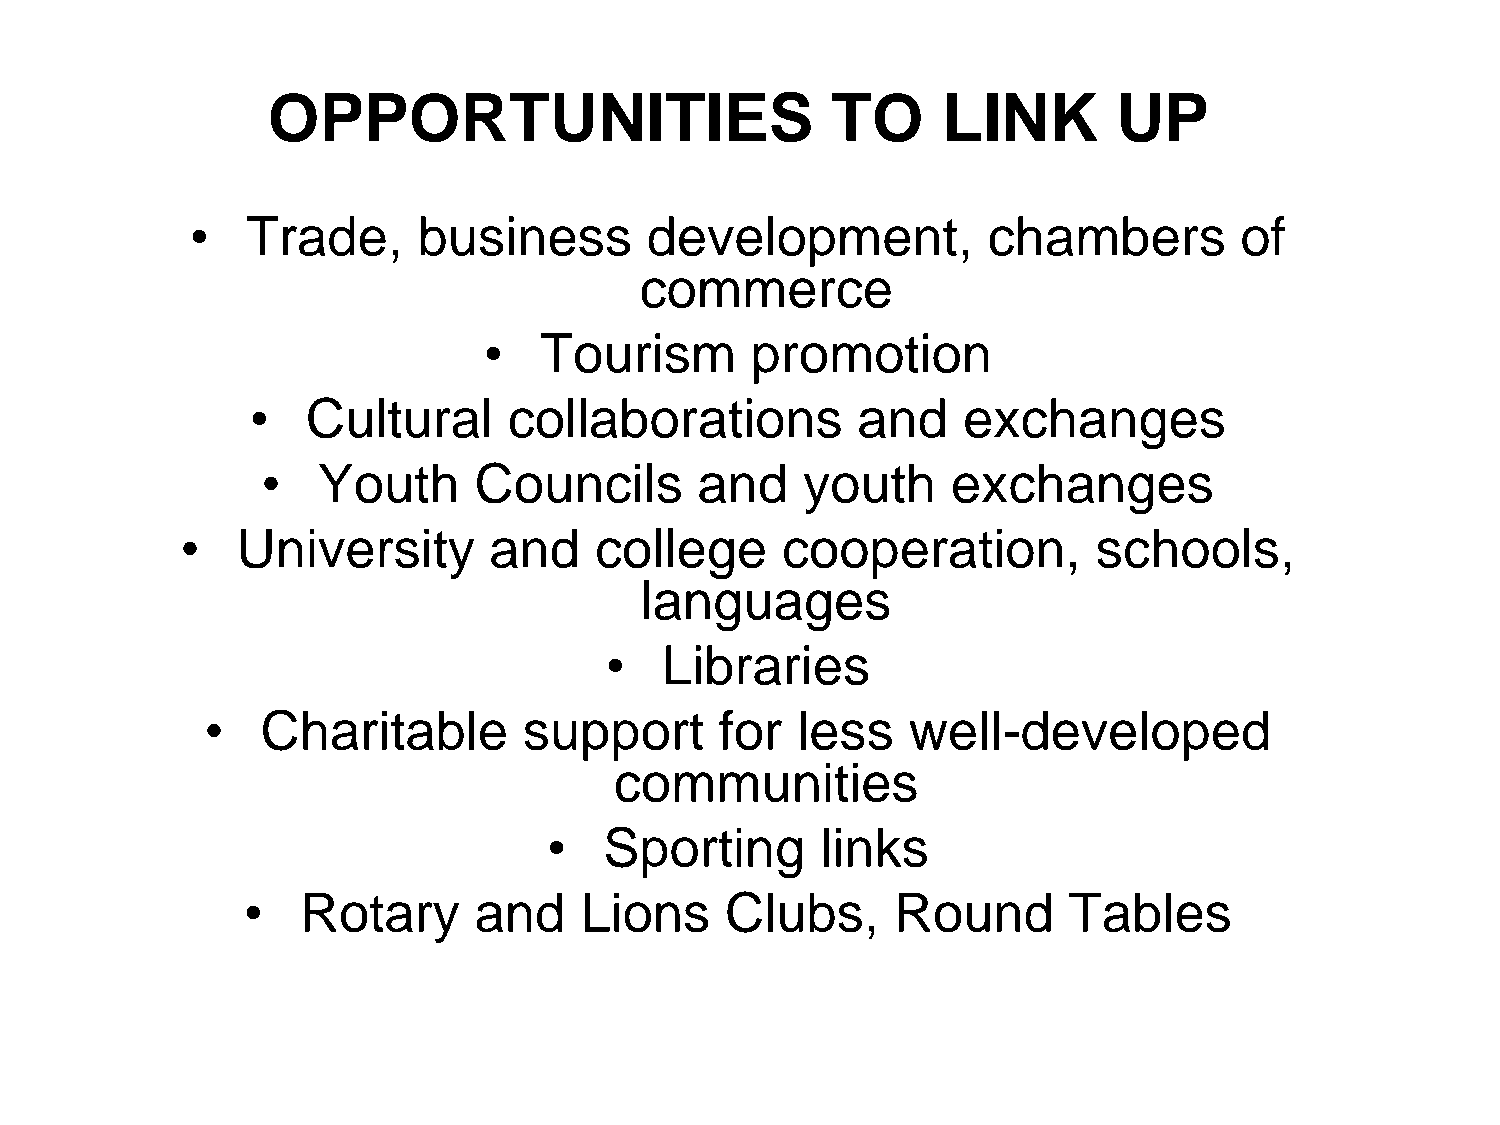
OPPORTUNITIES                        TO     LINK        UP
 •  Trade,      business       development,          chambers         of
 commerce
 •   Tourism       promotion
 •  Cultural      collaborations         and    exchanges
 •   Youth     Councils       and    youth     exchanges
 •   University      and    college      cooperation,         schools,
 languages
 •   Libraries
 •  Charitable        support      for  less   well-developed
 communities
 •   Sporting      links
 •   Rotary     and    Lions     Clubs,     Round       Tables